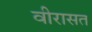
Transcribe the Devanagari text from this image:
वीरासत